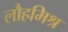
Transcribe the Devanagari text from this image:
लौहमिश्र